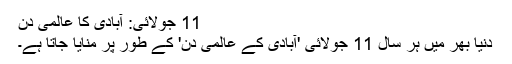
11 جولائی: آبادی کا عالمی دن
دنیا بھر میں ہر سال 11 جولائی 'آبادی کے عالمی دن' کے طور پر منایا جاتا ہے۔